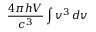
{ \frac { 4 \pi h V } { c ^ { 3 } } } \int v ^ { 3 } \, d v